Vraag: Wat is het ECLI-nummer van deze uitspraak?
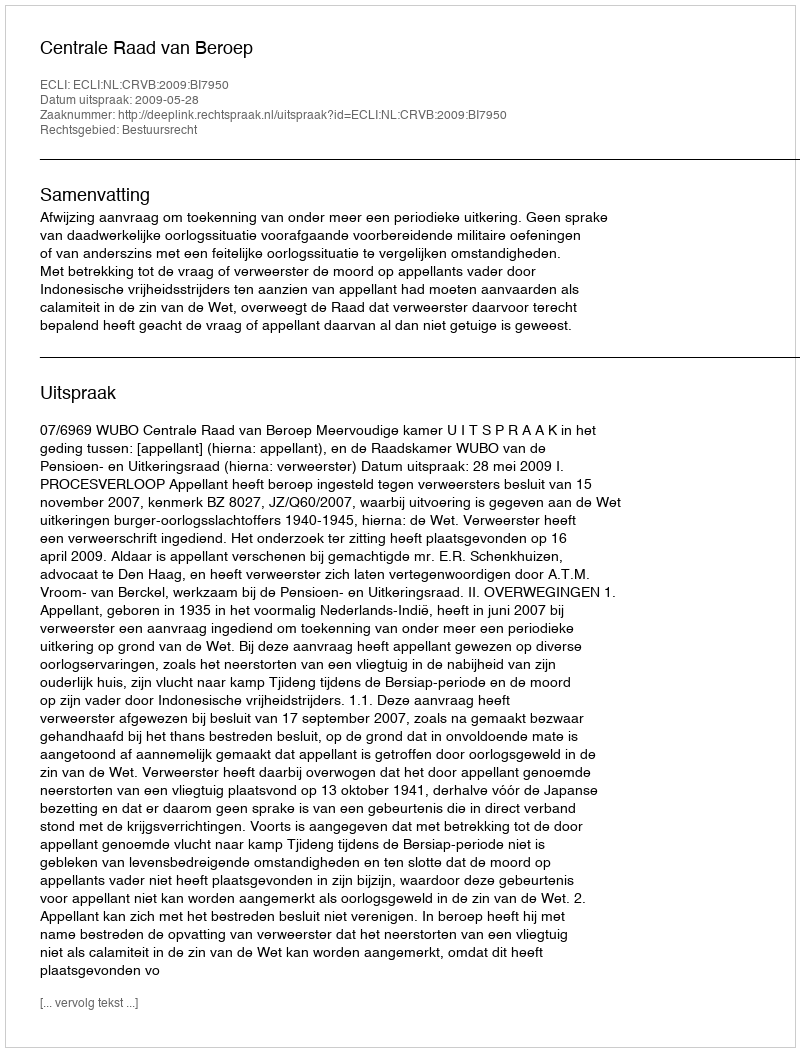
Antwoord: ECLI:NL:CRVB:2009:BI7950